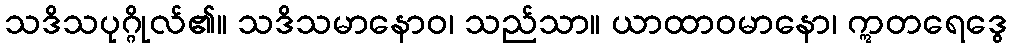
သဒိသပုဂ္ဂိုလ်၏။ သဒိသမာနောဝ၊ သည်သာ။ ယာထာဝမာနော၊ ဣတရေဒွေ